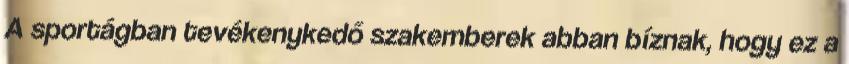
A sportágban tevékenykedő szakemberek abban bíznak, hogy ez a